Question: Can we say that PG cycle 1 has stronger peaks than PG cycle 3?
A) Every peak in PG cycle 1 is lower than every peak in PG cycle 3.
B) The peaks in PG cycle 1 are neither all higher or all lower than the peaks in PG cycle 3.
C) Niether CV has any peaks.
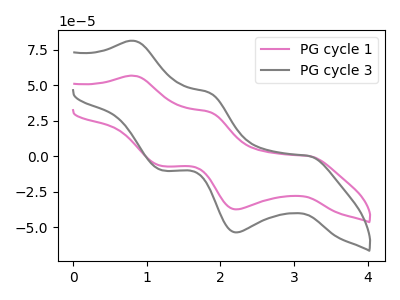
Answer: <think>The pink curve "PG cycle 1" has anodic peaks at (0.85V, 56.75uA) (1.85V, 31.20uA) and cathodic peaks at (3.20V, 0.20uA) (2.20V, -37.45uA) (1.20V, -6.90uA). The gray curve "PG cycle 3" has anodic peaks at (0.85V, 81.35uA) (1.85V, 44.75uA) and cathodic peaks at (3.20V, 0.25uA) (2.20V, -53.65uA) (1.20V, -9.90uA).</think>
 <answer>B) The peaks in "PG cycle 1" are neither all higher or all lower than the peaks in "PG cycle 3".</answer>
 <eval>B</eval>